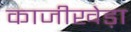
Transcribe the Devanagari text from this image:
काजीखेड़ा